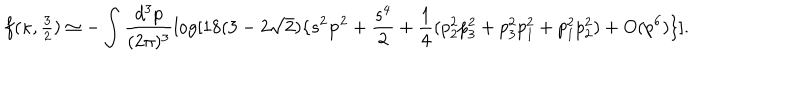
f ( \kappa , { \textstyle \frac { 3 } { 2 } } ) \simeq - \int \frac { d ^ { 3 } p } { ( 2 \pi ) ^ { 3 } } \log [ 1 8 ( 3 - 2 \sqrt { 2 } ) \{ s ^ { 2 } { \bf p } ^ { 2 } + \frac { s ^ { 4 } } { 2 } + \frac { 1 } { 4 } ( p _ { 2 } ^ { 2 } p _ { 3 } ^ { 2 } + p _ { 3 } ^ { 2 } p _ { 1 } ^ { 2 } + p _ { 1 } ^ { 2 } p _ { 2 } ^ { 2 } ) + O ( p ^ { 6 } ) \} ] .